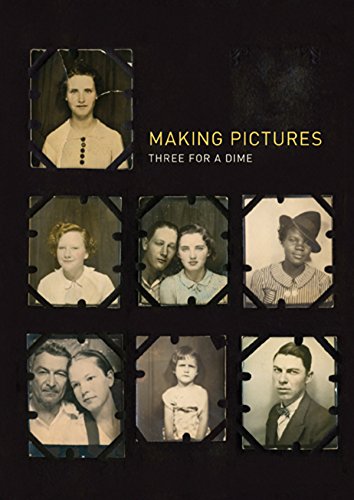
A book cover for Making Pictures: Three for a Dime; Arts & Photography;